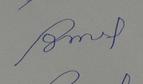
Signature authenticity: forged